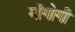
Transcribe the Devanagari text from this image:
माँगोगी